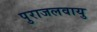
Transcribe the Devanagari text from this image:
पुराजलवायु